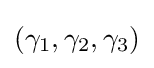
(\gamma _{1},\gamma _{2},\gamma _{3})